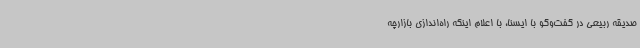
صدیقه ربیعی در گفت‌وگو با ایسنا، با اعلام اینکه راه‌اندازی بازارچه